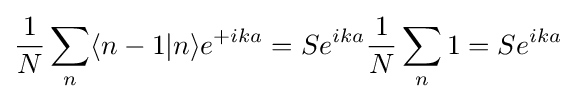
{\frac {1}{N}}\sum _{n}\langle n-1|n\rangle e^{+ika}=Se^{ika}{\frac {1}{N}}\sum _{n}1=Se^{ika}\